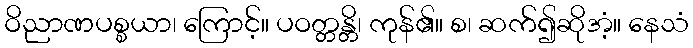
ဝိညာဏပစ္စယာ၊ ကြောင့်။ ပဝတ္တန္တိ၊ ကုန်၏။ စ၊ ဆက်၍ဆိုအံ့။ နေသံ